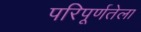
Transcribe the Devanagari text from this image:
परिपूर्णतेला